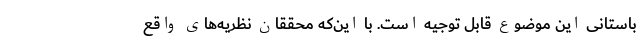
باستانی این موضوع قابل توجیه است. با این‌که محققان نظریه‌های واقع